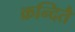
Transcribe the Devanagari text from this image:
क्रन्दितै